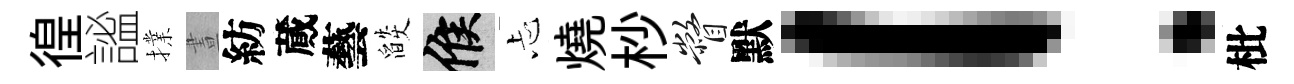
徨謐擈晝紡蕆藝燄候忐燒杪瞥默！枇